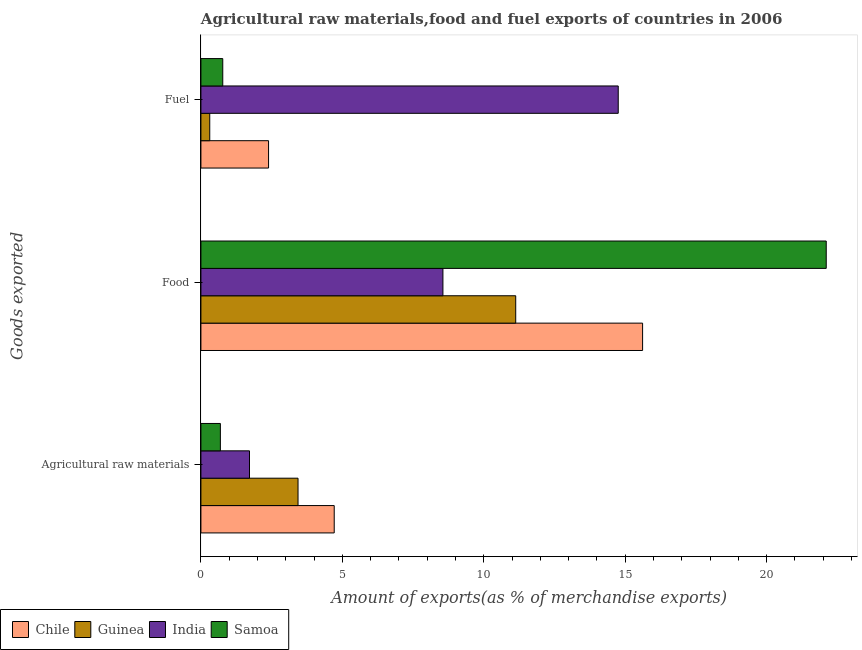
| Goods exported | Chile | Guinea | India | Samoa |
 | --- | --- | --- | --- | --- |
 | Agricultural raw materials | 4.71 | 3.43 | 1.72 | 0.688 |
 | Food | 15.6 | 11.1 | 8.56 | 22.1 |
 | Fuel | 2.39 | 0.312 | 14.8 | 0.772 |